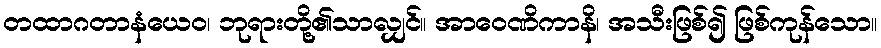
တထာဂတာနံယေဝ၊ ဘုရားတို့၏သာလျှင်။ အာဝေဏိကာနိ၊ အသီးဖြစ်၍ ဖြစ်ကုန်သော။